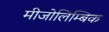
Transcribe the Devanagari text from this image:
मीजोलिम्बिक